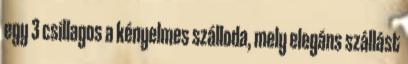
egy 3 csillagos a kényelmes szálloda, mely elegáns szállást